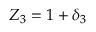
Z _ { 3 } = 1 + \delta _ { 3 }